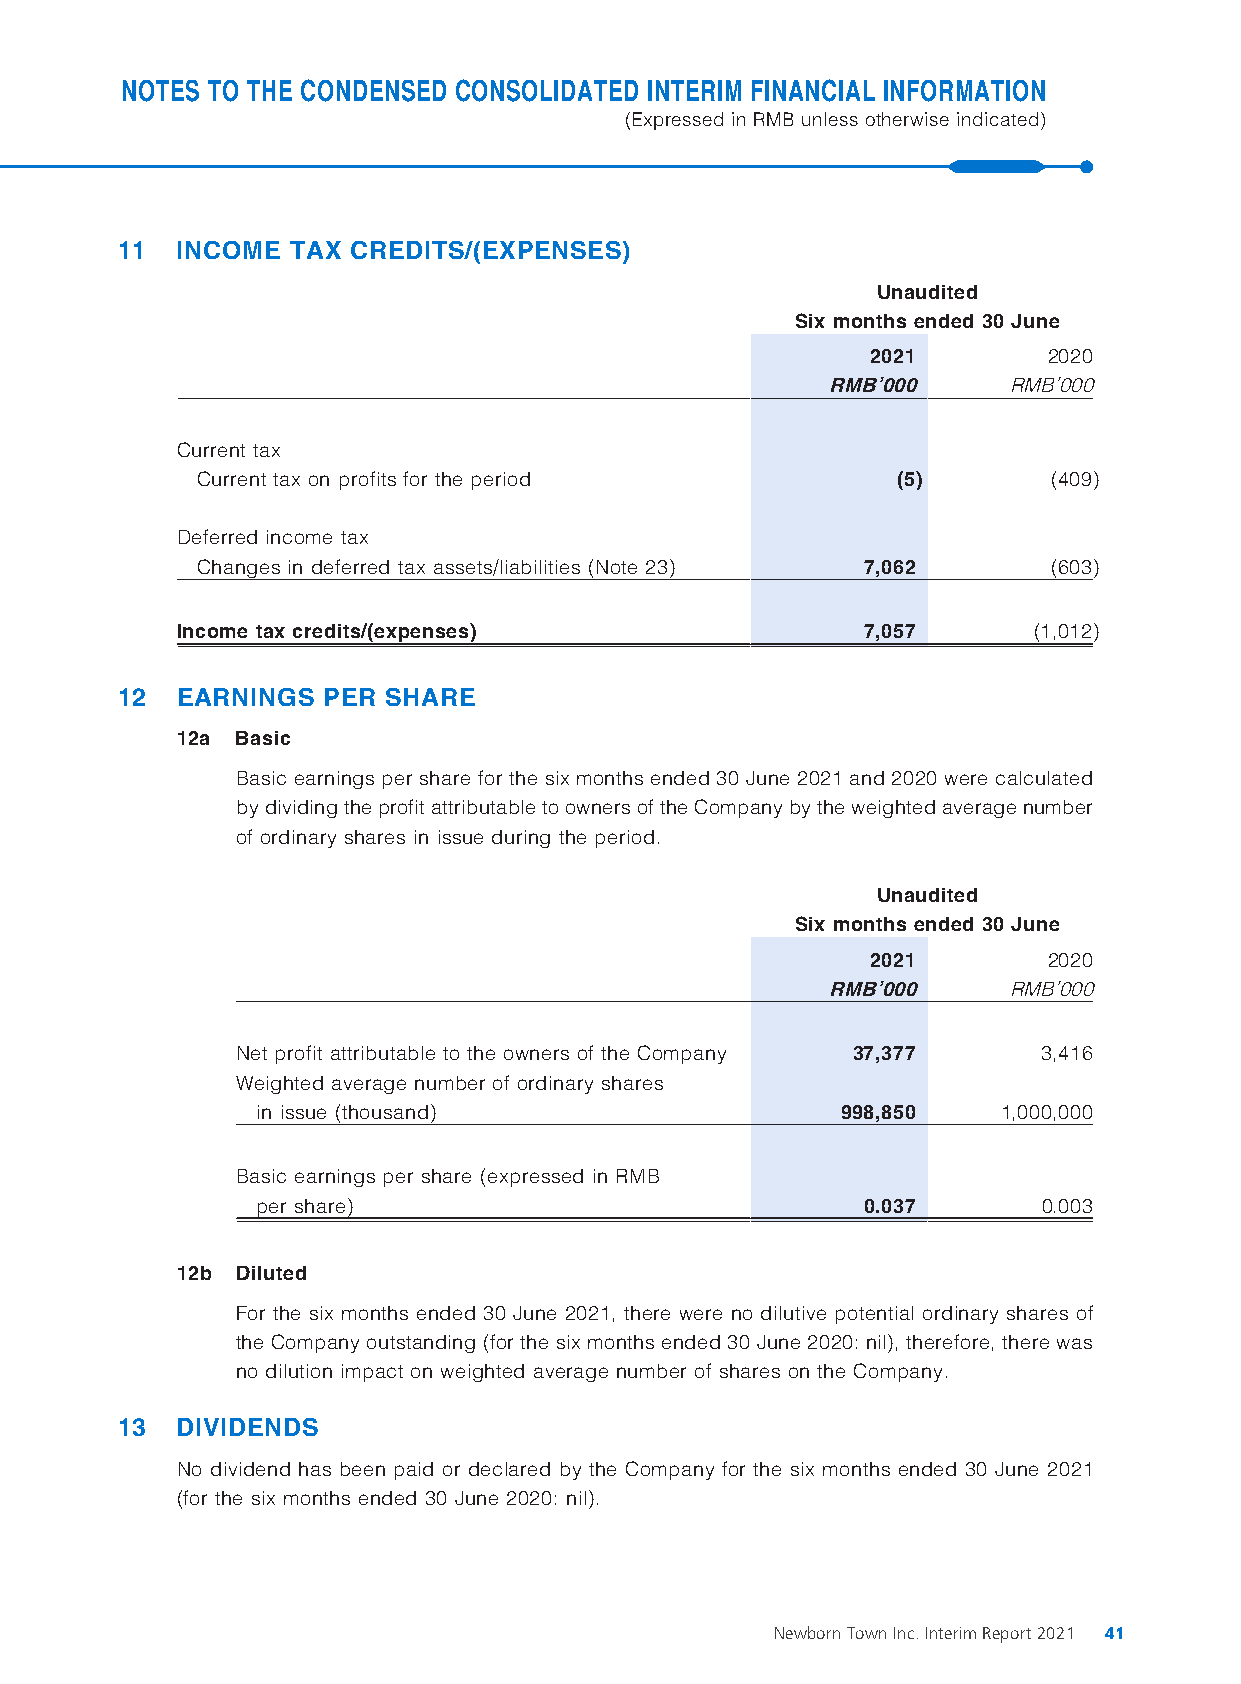
NOTES TO THE CONDENSED CONSOLIDATED INTERIM FINANCIAL INFORMATION
 (Expressed in RMB unless otherwise indicated)
 11  INCOME TAX CREDITS/(EXPENSES)
 Unaudited
 Six months ended 30 June
 2021       2020
 RMB’000     RMB’000
 Current tax
 Current tax on profits for the period         (5)        (409)
 Deferred income tax
 Changes in deferred tax assets/liabilities (Note 23) 7,062 (603)
 Income tax credits/(expenses)                7,057      (1,012)
 12  EARNINGS PER SHARE
 12a Basic
 Basic earnings per share for the six months ended 30 June 2021 and 2020 were calculated
 by dividing the profit attributable to owners of the Company by the weighted average number
 of ordinary shares in issue during the period.
 Unaudited
 Six months ended 30 June
 2021       2020
 RMB’000     RMB’000
 Net profit attributable to the owners of the Company 37,377 3,416
 Weighted average number of ordinary shares
 in issue (thousand)                    998,850   1,000,000
 Basic earnings per share (expressed in RMB
 per share)                              0.037       0.003
 12b Diluted
 For the six months ended 30 June 2021, there were no dilutive potential ordinary shares of
 the Company outstanding (for the six months ended 30 June 2020: nil), therefore, there was
 no dilution impact on weighted average number of shares on the Company.
 13  DIVIDENDS
 No dividend has been paid or declared by the Company for the six months ended 30 June 2021
 (for the six months ended 30 June 2020: nil).
 Newborn Town Inc. Interim Report 2021 41